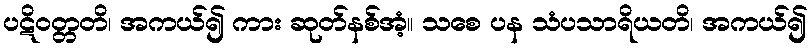
ပဋိဝတ္တတိ၊ အကယ်၍ ကား ဆုတ်နစ်အံ့။ သစေ ပန သံပသာရိယတိ၊ အကယ်၍